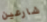
شارعين